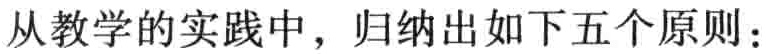
从教学的实践中，归纳出如下五个原则：